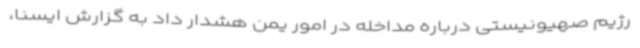
رژیم صهیونیستی درباره مداخله در امور یمن هشدار داد به گزارش ایسنا،